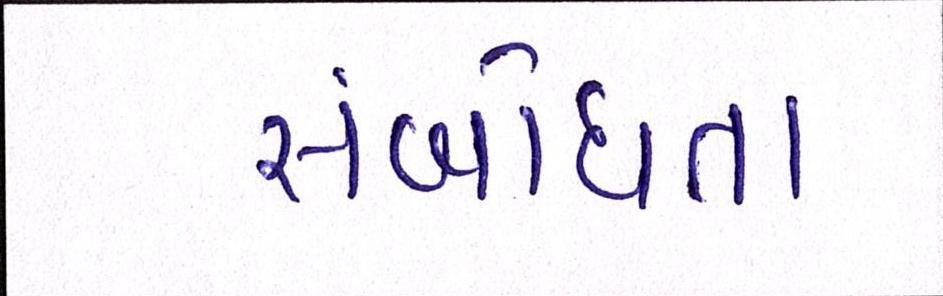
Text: સંબોધતા